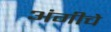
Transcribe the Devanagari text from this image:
अंगीचे